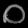
Digit: ၀